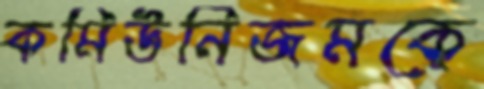
কমিউনিজমকে